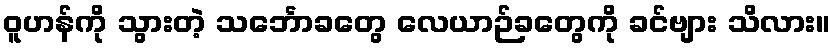
ဝူဟန်ကို သွားတဲ့ သင်္ဘောခတွေ လေယာဉ်ခတွေကို ခင်ဗျား သိလား။